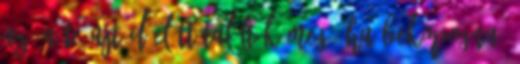
az. A te ajtód előtt találták meg. Ha bekopogna,